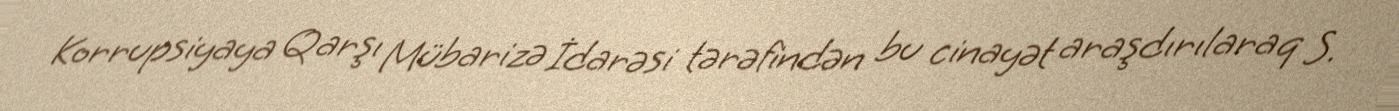
Korrupsiyaya Qarşı Mübarizə İdarəsi tərəfindən bu cinayət araşdırılaraq S.